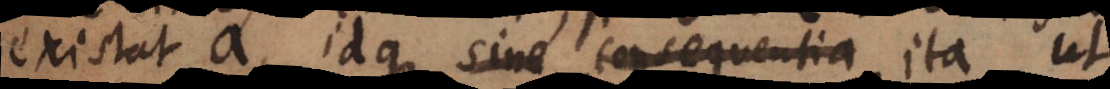
stat a, idque sine consequentia ita ut